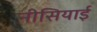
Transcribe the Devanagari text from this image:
नीसियाई